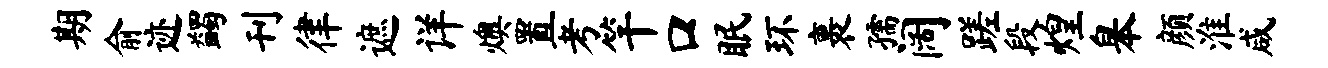
期俞迹蠲刊律遮详燠置考竿口眠环裹孺阔蹉段煌皋颜淮咸